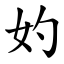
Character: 妁